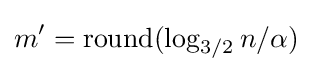
m^{\prime }=\operatorname {round} (\log _{3/2}n/\alpha )